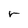
Character: r